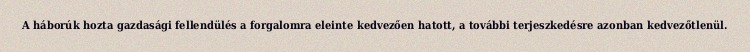
A háborúk hozta gazdasági fellendülés a forgalomra eleinte kedvezően hatott, a további terjeszkedésre azonban kedvezőtlenül.